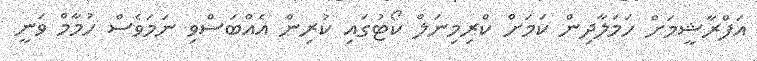
އަފްރާޝީމަށް ހަމަލާދިން ކަމަށް ކްރިމިނަލް ކޯޓުގައި ކުރިން އެއްބަސްވި ނަމަވެސް ހުމާމް ވަނީ